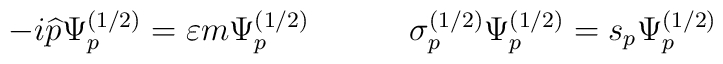
-i\widehat{p}\Psi _p^{(1/2)}=\varepsilon m\Psi_p^{(1/2)}\hspace{0.5in} \sigma _p^{(1/2)}\Psi _p^{(1/2)}=s_p\Psi_p^{(1/2)}